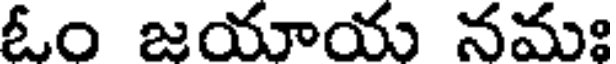
ఓం జయాయ నమః